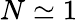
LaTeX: N\simeq 1